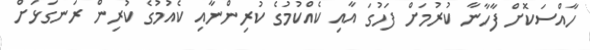
ހާއްސަކޮށް ފާހާނާ ކުރުމަށް ފަހުގަ އާއި ކެއްކުމުގެ ކުރިންނާއި ކެއުމުގެ ކުރިން ރަނގަޅަށް